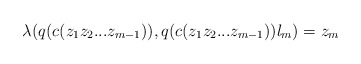
\begin{align*}\lambda(q(c(z_1z_2...z_{m-1})), q(c(z_1z_2...z_{m-1}))l_m) = z_m\end{align*}